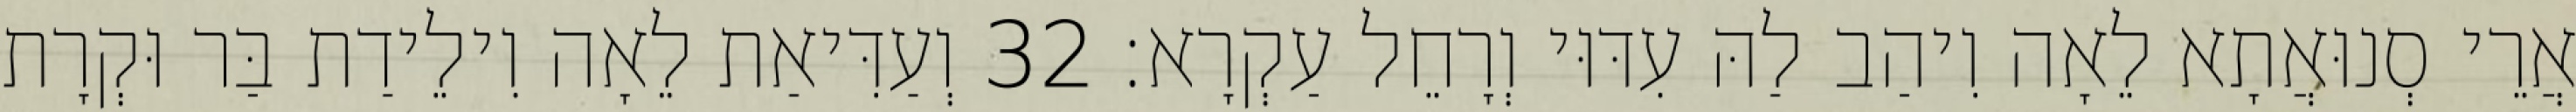
אֲרֵי סְנוּאֲתָא לֵאָה וִיהַב לַהּ עִדּוּי וְרָחֵל עַקְרָא׃ 32 וְעַדִּיאַת לֵאָה וִילֵידַת בַּר וּקְרָת